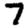
Digit: 7